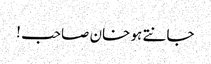
جانتے ہو خان صاحب !